Report of the Indian Hemp Drugs Commission, 1894-1895 - Volume II
Year: 1894
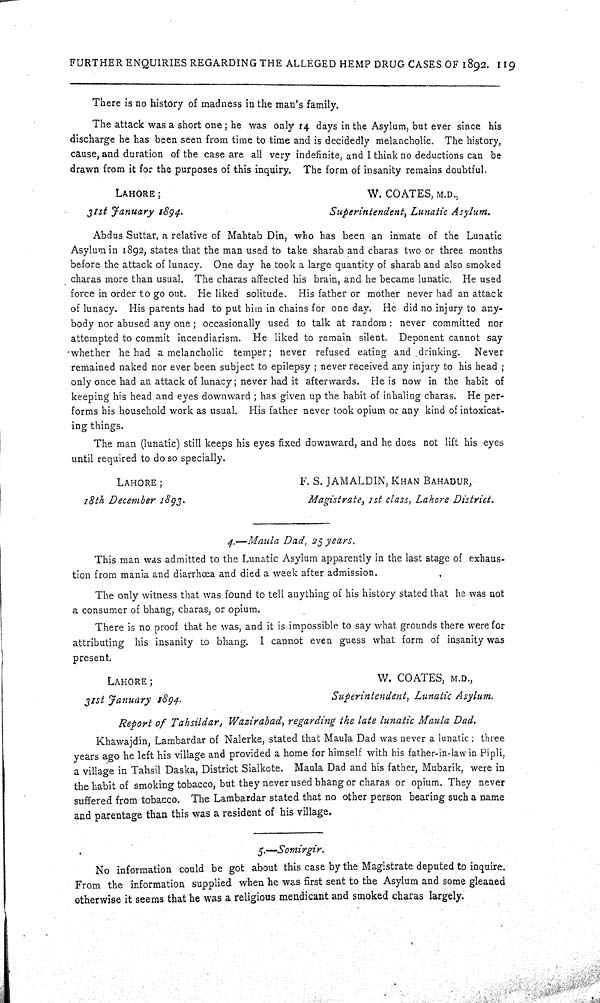
FURTHER ENQUIRIES REGARDING THE ALLEGED HEMP DRUG CASES OF 1892. 119
There is no history of madness in the man's family.
The attack was a short one; he was only 14 days in the Asylum, but ever since his
discharge he has been seen from time to time and is decidedly melancholic. The history,
cause, and duration of the case are all very indefinite, and I think no deductions can be
drawn from it for the purposes of this inquiry. The form of insanity remains doubtful.
LAHORE;
W. COATES, M.D.,
31st January
1894.
Superintendent,
Lunatic Asylum.
Abdus Suttar, a relative of Mahtab Din, who has been an inmate of the Lunatic
Asylum in 1892, states that the man used to take sharab and charas two or three months
before the attack of lunacy. One day he took a large quantity of sharab and also smoked
charas more than usual. The charas affected his brain, and he became lunatic. He used
force in order to go out. He liked solitude. His father or mother never had an attack
of lunacy. His parents had to put him in chains for one day. He did no injury to any-
body nor abused any one; occasionally used to talk at random: never committed nor
attempted to commit incendiarism. He liked to remain silent. Deponent cannot say
whether he had a melancholic temper; never refused eating and drinking.
Never
remained naked nor ever been subject to epilepsy; never received any injury to his head;
only once had an attack of lunacy; never had it afterwards. He is now in the habit of
keeping his head and eyes downward; has given up the habit of inhaling charas. He per-
forms his household work as usual. His father never took opium or any kind of intoxicat-
ing things.
The man (lunatic) still keeps his eyes fixed downward, and he does not lift his eyes
until required to do so specially.
LAHORE;
F. S. JAMALDIN, KHAN BAHADUR,
18th December 1893.
Magistrate,
1st class, Lahore District.
4.—Maula Dad, 25 years.
This man was admitted to the Lunatic Asylum apparently in the last stage of exhaus-
tion from mania and diarrhœa and died a week after admission.
The only witness that was found to tell anything of his history stated that he was not
a consumer of bhang, charas, or opium.
There is no proof that he was, and it is impossible to say what grounds there were for
attributing his insanity to bhang. I cannot even guess what form of insanity was
present.
LAHORE;
W. COATES, M.D.,
31st January
1894.
Superintendent, Lunatic Asylum.
Report of Tahsildar, Wazirabad, regarding the late lunatic Maula Dad.
Khawajdin, Lambardar of Nalerke, stated that Maula Dad was never a lunatic; three
years ago he left his village and provided a home for himself with his father-in-law in Pipli,
a village in Tahsil Daska, District Sialkote. Maula Dad and his father, Mubarik, were in
the habit of smoking tobacco, but they never used bhang or charas or opium. They never
suffered from tobacco. The Lambardar stated that no other person bearing such a name
and parentage than this was a resident of his village.
5.-Somirgir.
No information could be got about this case by the Magistrate deputed to inquire.
From the information supplied when he was first sent to the Asylum and some gleaned
otherwise it seems that he was a religious mendicant and smoked charas largely.